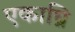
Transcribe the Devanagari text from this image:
एकाघ्नि